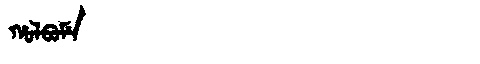
Manchu: ᡥᠣᠯᠪᠣᠮᡝ
Romanization: HOLBOME